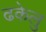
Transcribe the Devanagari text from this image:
ढकेलु